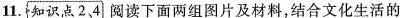
11.知识点2，4阅读下面两组图片及材料，结合文化生活